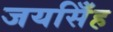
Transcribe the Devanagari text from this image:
जयसिँह